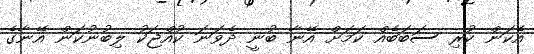
އެކަން ކުރި ސަބަބެއް ކަމަށް އޭނާ ބުނީ ދެވަނަ ކުއްޖަކު ލިބުނުކަން އޭނާގެ